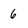
Character: 6